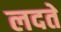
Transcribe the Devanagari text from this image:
लदते